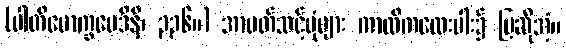
(ပါတိမောက္ခမေဒိနီ၊ ၃၃၆။) အာပတ်သင့်ပုံများ ကာလိကလေးပါး၌ ပြဆိုအံ့။